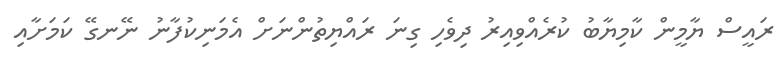
ރައީސް ޔާމީން ކާމިޔާބު ކުރެއްވިއިިރު ދިވެހި ގިނަ ރައްޔިތުންނަށް އެމަނިކުފާނު ނޭނގޭ ކަމަށާއި